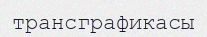
трансграфикасы